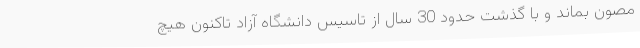
مصون بماند و با گذشت حدود 30 سال از تاسیس دانشگاه آزاد تاکنون هیچ